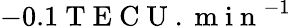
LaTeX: -0.1\mathrm{~T~E~C~U~.~m~i~n~}^{-1}